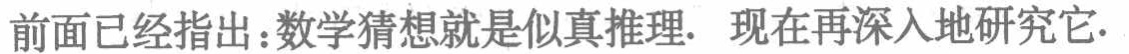
前面已经指出：数学猜想就是似真推理. 现在再深入地研究它.